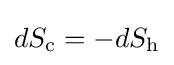
dS_{\mathrm {c} }=-dS_{\mathrm {h} }